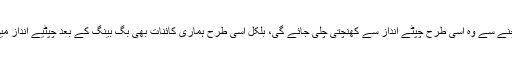
جس طرح ایک ربڑ کی شیٹ کو دونوں کناروں سے کھنچنے سے وہ اسی طرح چپٹے انداز سے کھنچتی چلی جائے گی، بلکل اسی طرح ہماری کائنات بھی بگ بینگ کے بعد چپٹیے انداز میں معرض وجود میں آئی اور اسی انداز سے پھیل رہی ہے۔